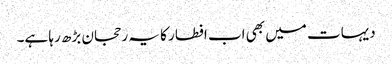
دیہات میں بھی اب افطار کا یہ رحجان بڑھ رہا ہے۔